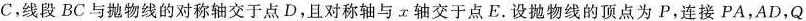
c，线段BC与抛物线的对称轴交于点D，且对称轴与x轴交于点E。设抛物线的顶点为P，连接PA，AD，Q